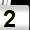
Digit: 2